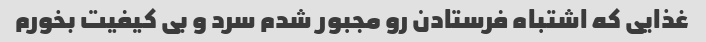
غذایی که اشتباه فرستادن رو مجبور شدم سرد و بی کیفیت بخورم